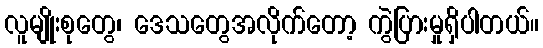
လူမျိုးစုတွေ၊ ဒေသတွေအလိုက်တော့ ကွဲပြားမှုရှိပါတယ်။